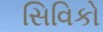
સિવિકો